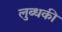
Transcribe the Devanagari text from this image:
लुब्धकी